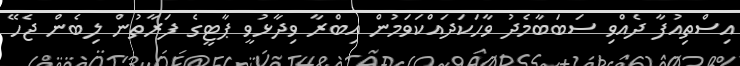
އިސްތިއުފާ ދެއްވި ސަބަބާމެދު ވާހަކަދައްކަވަމުން އިބްރާ ވިދާޅުވީ ޕާޓީގެ ފަރާތުން ލިބެން ޖެހޭ